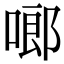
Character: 啷